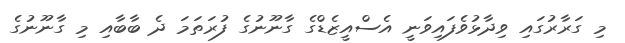
މި ގަރާރުގައި ވިދާޅުވެފައިވަނީ އެސްއީޒެޑްގެ ގާނޫނުގެ ފުރަތަމަ ދެ ބާބާއި މި ގާނޫނުގެ